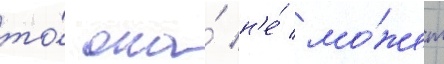
то́ она́ н'е́ мо́жет